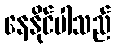
နေနိုင်ပါသည်